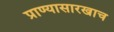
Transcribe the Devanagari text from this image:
प्राण्यासारखाच